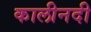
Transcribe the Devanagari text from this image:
कालीनदी